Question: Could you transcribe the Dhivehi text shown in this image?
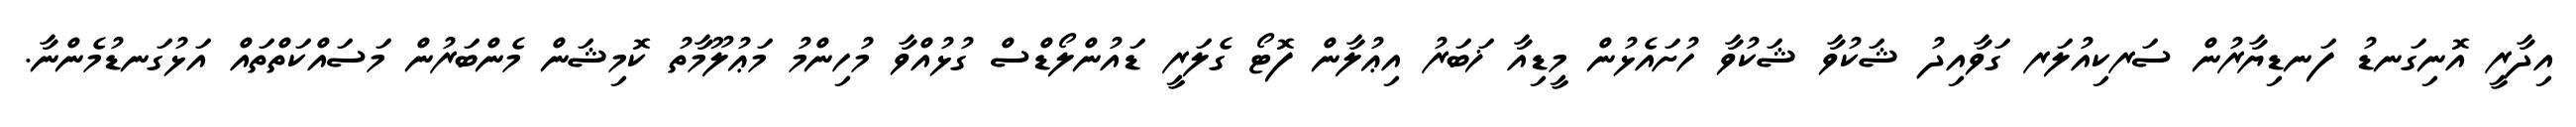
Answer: އިދާރީ އޮނިގަނޑު ފަނޑިޔާރުން ސަރކިއުލަރ ގަވާއިދު ޝަކުވާ ޝަކުވާ ހުށައެޅުން މީޑިއާ ޚަބަރު އިޢުލާން ފޮޓޯ ގެލަރީ ޑައުންލޯޑްސް ގުޅުއްވާ މުހިންމު މަޢުލޫމާތު ކޮމިޝަން މެންބަރުން މަސައްކަތްތައް އަޅުގަނޑުމެންނާ.